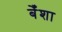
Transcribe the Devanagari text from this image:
बेँशा